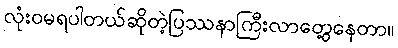
လုံးဝမရပါတယ်ဆိုတဲ့ပြဿနာကြီးလာတွေ့နေတာ။